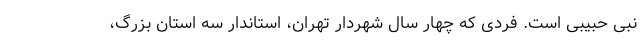
نبی حبیبی است. فردی که چهار سال شهردار تهران، استاندار سه استان بزرگ،